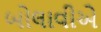
બોલાવીએ